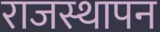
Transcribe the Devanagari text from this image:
राजस्थापन